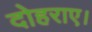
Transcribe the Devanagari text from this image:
दोहराए।